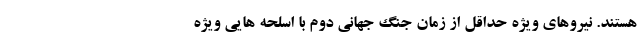
هستند. نیروهای ویژه حداقل از زمان جنگ جهانی دوم با اسلحه هایی ویژه